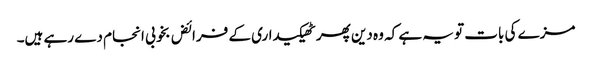
مزے کی بات تو یہ ہے کہ وہ دین پھر ٹھیکیداری کے فرائض بخوبی انجام دے رہے ہیں۔